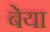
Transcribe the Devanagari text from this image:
बेया